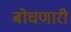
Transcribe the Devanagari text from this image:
बोचणारी